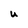
Character: U